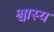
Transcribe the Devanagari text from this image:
श्वास्य